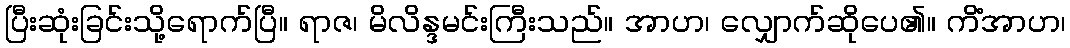
ပြီးဆုံးခြင်းသို့ရောက်ပြီ။ ရာဇ၊ မိလိန္ဒမင်းကြီးသည်။ အာဟ၊ လျှောက်ဆိုပေ၏။ ကိံအာဟ၊